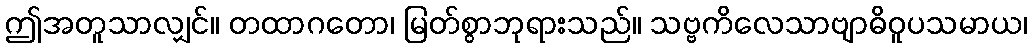
ဤအတူသာလျှင်။ တထာဂတော၊ မြတ်စွာဘုရားသည်။ သဗ္ဗကိလေသာဗျာဓိဝူပသမာယ၊